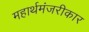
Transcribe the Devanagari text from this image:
महार्थमंजरीकार